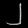
Digit: ၂